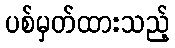
ပစ်မှတ်ထားသည့်